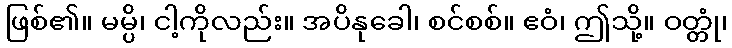
ဖြစ်၏။ မမ္ပိ၊ ငါ့ကိုလည်း။ အပိနုခေါ၊ စင်စစ်။ ဧဝံ၊ ဤသို့။ ဝတ္တုံ၊